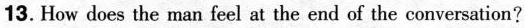
13. How does the man feel at the end of the conversation?